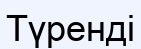
Түренді